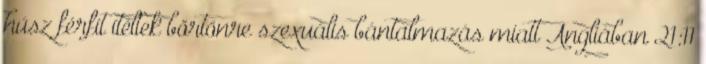
húsz férfit ítéltek börtönre szexuális bántalmazás miatt Angliában 21:11